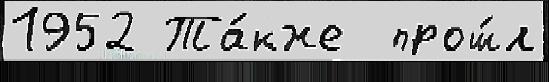
1952 Та́кже  прош́л